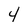
Character: 4